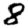
Digit: 8